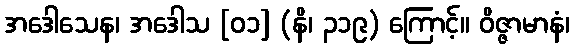
အဒေါသေန၊ အဒေါသ [၀၁] (နိ၊ ၃၁၉) ကြောင့်။ ဝိဇ္ဇာမာနံ၊